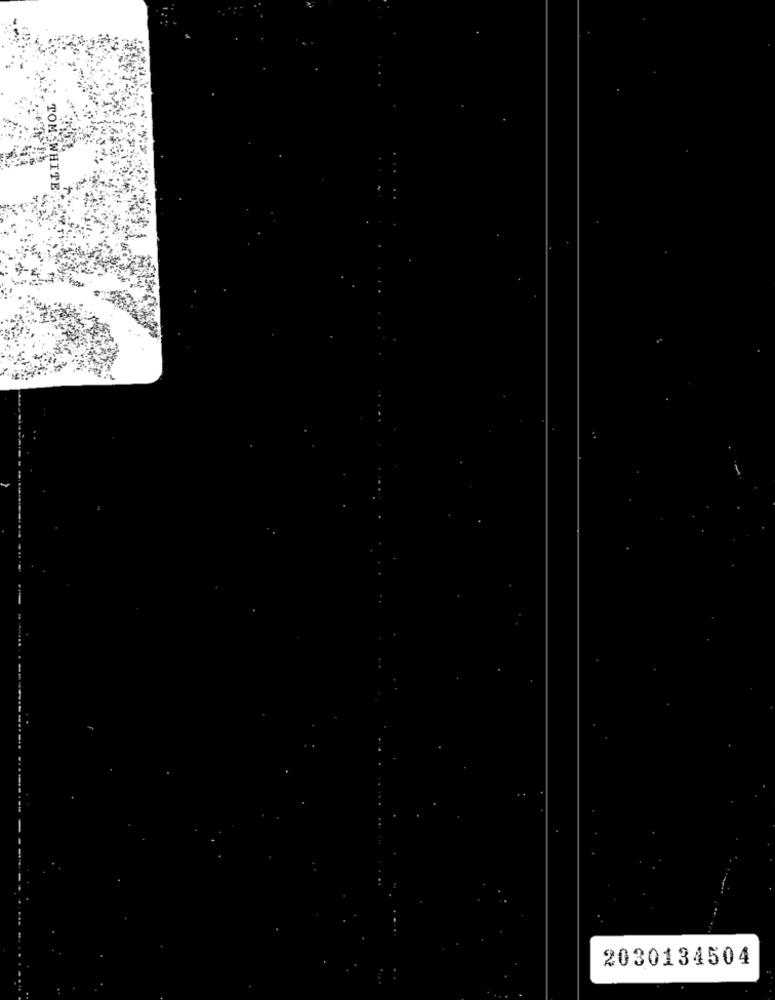
TOM WHITE
.
2030134504